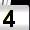
Digit: 4